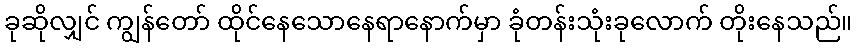
ခုဆိုလျှင် ကျွန်တော် ထိုင်နေသောနေရာနောက်မှာ ခုံတန်းသုံးခုလောက် တိုးနေသည်။